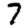
Digit: 7